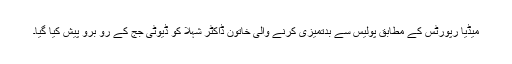
میڈیا رپورٹس کے مطابق پولیس سے بدتمیزی کرنے والی خاتون ڈاکٹر شہلا کو ڈیوٹی جج کے رو برو پیش کیا گیا۔